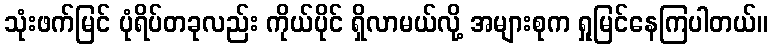
သုံးဖက်မြင် ပုံရိပ်တခုလည်း ကိုယ်ပိုင် ရှိလာမယ်လို့ အများစုက ရှုမြင်နေကြပါတယ်။